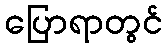
ပြောရာတွင်